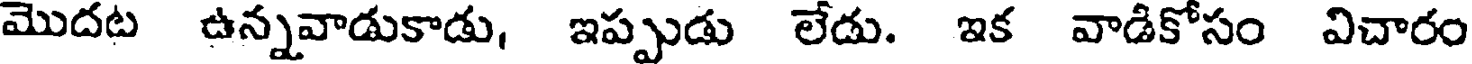
మొదట ఉన్నవాడుకాడు, ఇప్పుడు లేడు. ఇక వాడికోసం విచారం